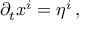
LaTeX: \partial _ { t } x ^ { i } = \eta ^ { i } \, ,